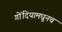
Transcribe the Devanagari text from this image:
गोंदियामधूनच